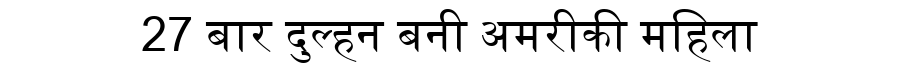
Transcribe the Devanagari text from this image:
27 बार दुल्हन बनी अमरीकी महिला